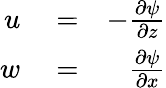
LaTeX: \begin{array}{rlr}{u}&{{}=}&{-\frac{\partial\psi}{\partial z}}\\ {w}&{{}=}&{\frac{\partial\psi}{\partial x}}\end{array}